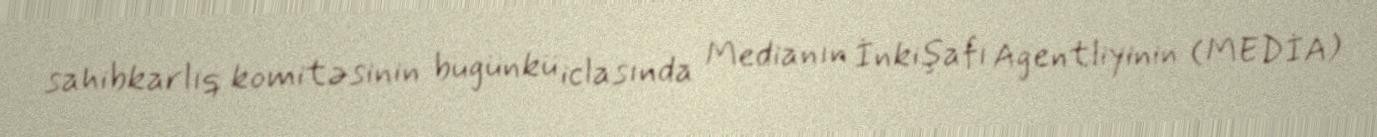
sahibkarlıq komitəsinin bugünkü iclasında Medianın İnkişafı Agentliyinin (MEDİA)